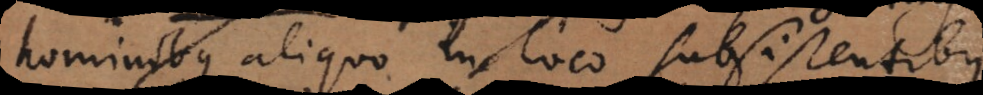
hominibus aliquo in loco subsistentibus.